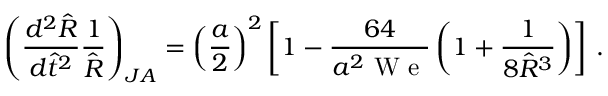
\left( \frac { d ^ { 2 } \hat { R } } { d \hat { t } ^ { 2 } } \frac { 1 } { \hat { R } } \right) _ { J A } = \left( \frac { a } { 2 } \right) ^ { 2 } \left[ 1 - \frac { 6 4 } { a ^ { 2 } \mathrm { ~ W ~ e ~ } } \left( 1 + \frac { 1 } { 8 \hat { R } ^ { 3 } } \right) \right] \, .